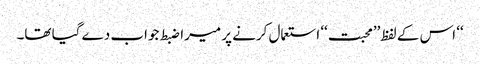
‘‘ اس کے لفظ’’محبت‘‘ استعمال کرنے پر میرا ضبط جواب دے گیا تھا۔